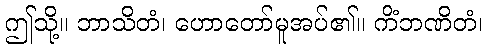
ဤသို့။ ဘာသိတံ၊ ဟောတော်မူအပ်၏။ ကိံဘဏိတံ၊